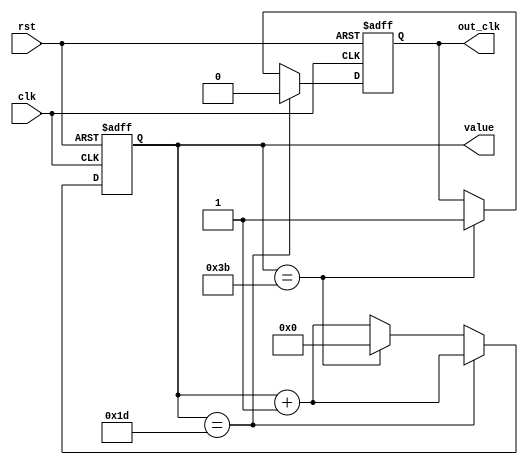
module cnt_60 (
    rst,
    clk,
    value,
    out_clk
);

  input rst, clk;

  output reg [6:0] value;
  output reg out_clk;

  always @(posedge clk or negedge rst) begin
    if (!rst) begin
      value <= 0;
      out_clk <= 0;
    end else begin
      value <= value + 1;
      if (value == 29) begin
        out_clk <= 0;
      end else if (value == 59) begin
        value <= 0;
        out_clk <= 1;
      end
    end
  end
  
endmodule